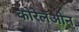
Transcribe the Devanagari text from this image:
कोरेलओन